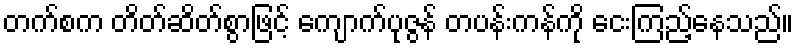
တက်စက တိတ်ဆိတ်စွာဖြင့် ကျောက်ပုဇွန် တပန်းကန်ကို ငေးကြည့်နေသည်။